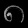
Digit: ၈